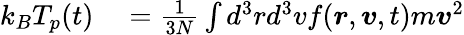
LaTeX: \begin{array}{rl}{k_{B}T_{p}(t)}&{{}=\frac{1}{3N}\int d^{3}rd^{3}vf(\boldsymbol{r},\boldsymbol{v},t)m\boldsymbol{v}^{2}}\end{array}